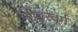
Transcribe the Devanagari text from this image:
शेयरवूर्ग